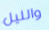
والليل